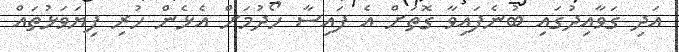
އަދި ގަވާއިދުގައި ބުނެފައިވާ ގޮތަށް އެ ފައިސާ ހޯދުމަށް އެޅެން ހުރި ފިޔަވަޅުތައް